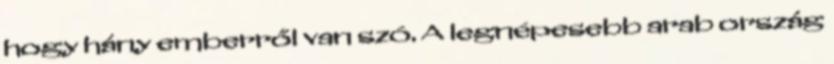
hogy hány emberről van szó. A legnépesebb arab ország